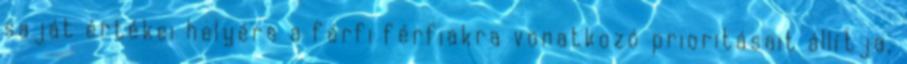
saját értékei helyére a férfi férfiakra vonatkozó prioritásait állítja,